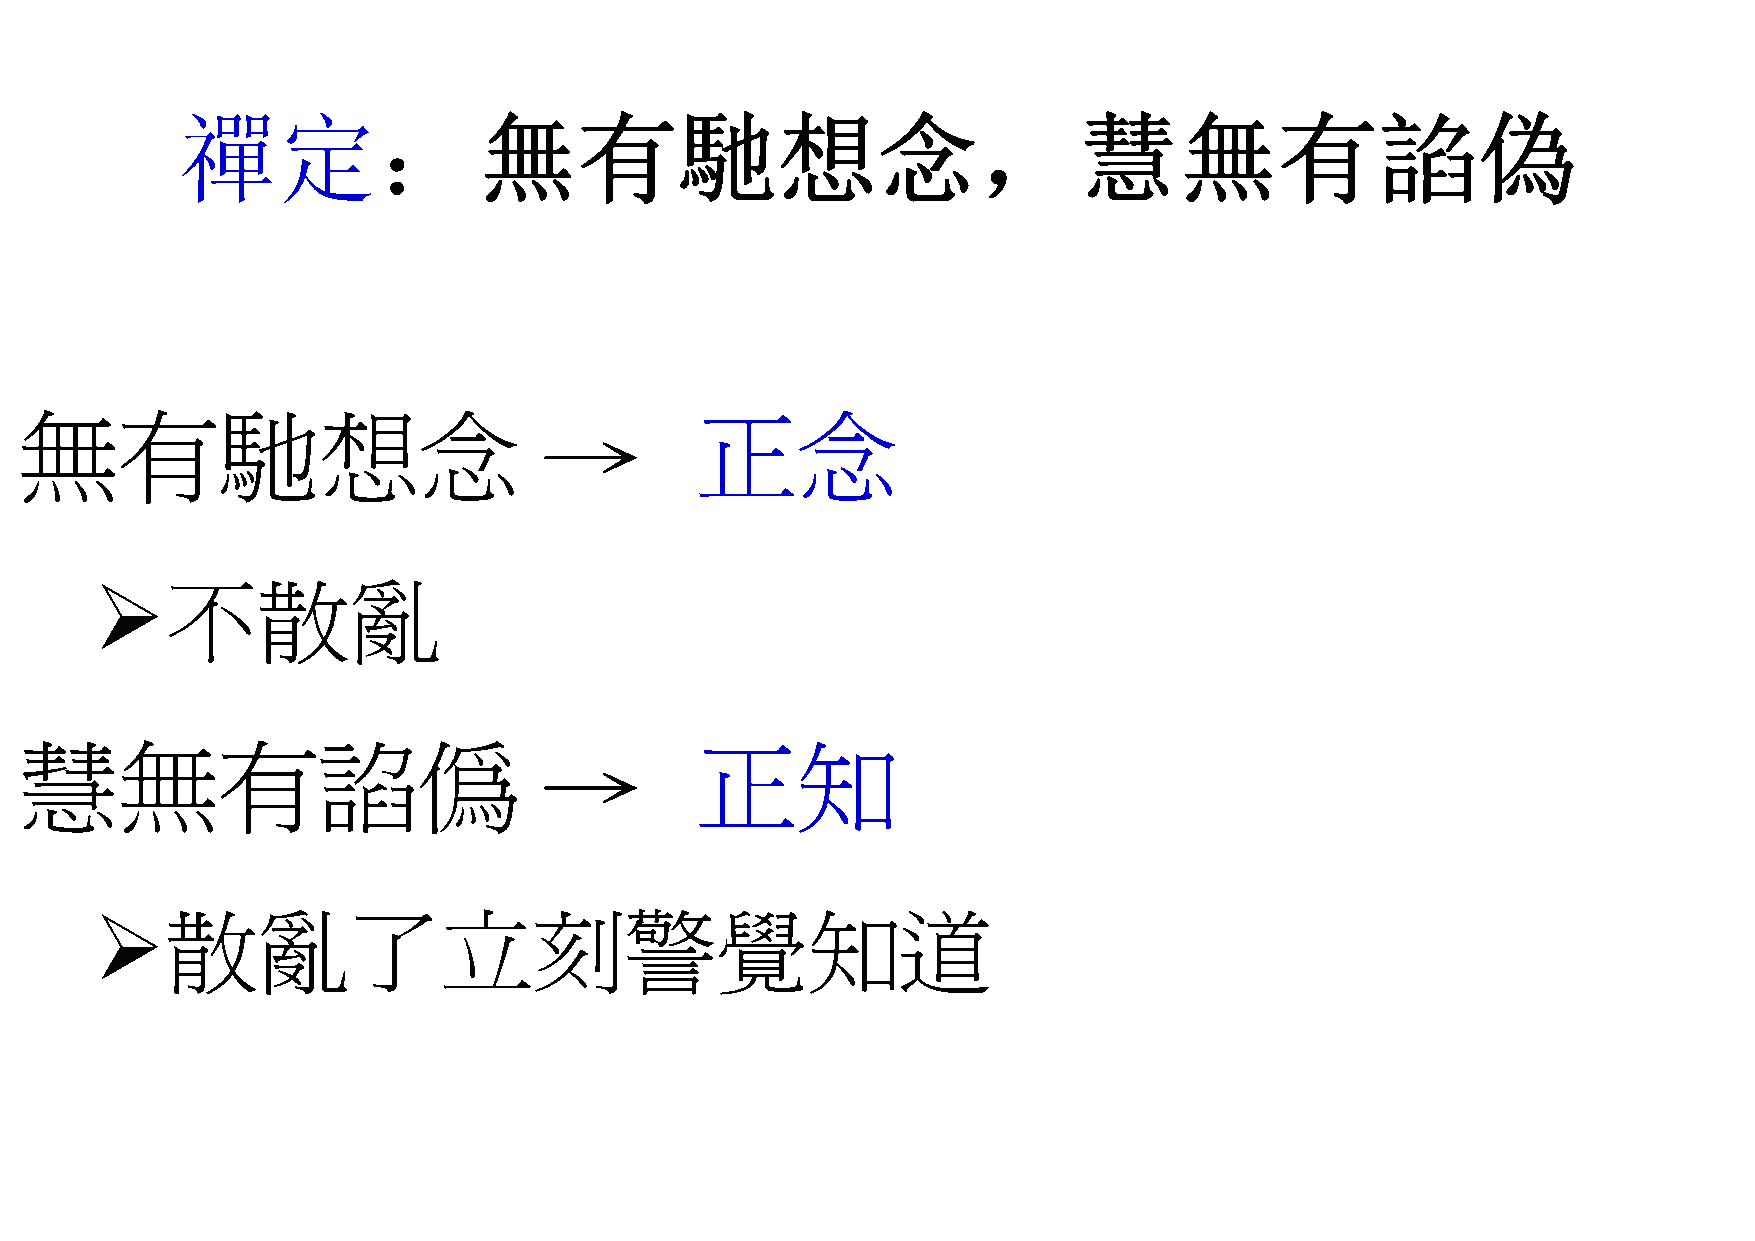
禪定：無有馳想念，慧無有諂偽
 無有馳想念                              →         正念
 不散亂
 慧無有諂偽                              →         正知
 散亂了立刻警覺知道